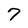
Character: 7